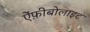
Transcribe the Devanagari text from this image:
ऐंफ़ीबोलाइट